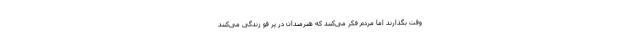
وقت بگذارند اما مردم فکر می‌کنند که هنرمندان در پر قو زندگی می‌کنند